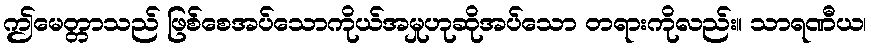
ဤမေတ္တာသည် ဖြစ်စေအပ်သောကိုယ်အမှုဟုဆိုအပ်သော တရားကိုလည်း။ သာရဏီယ၊